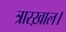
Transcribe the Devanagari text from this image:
त्रारख़ाल।